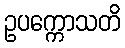
ဥပက္ကောသတိ